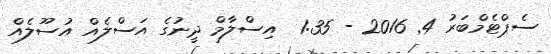
ސެޕްޓެމްބަރު 4